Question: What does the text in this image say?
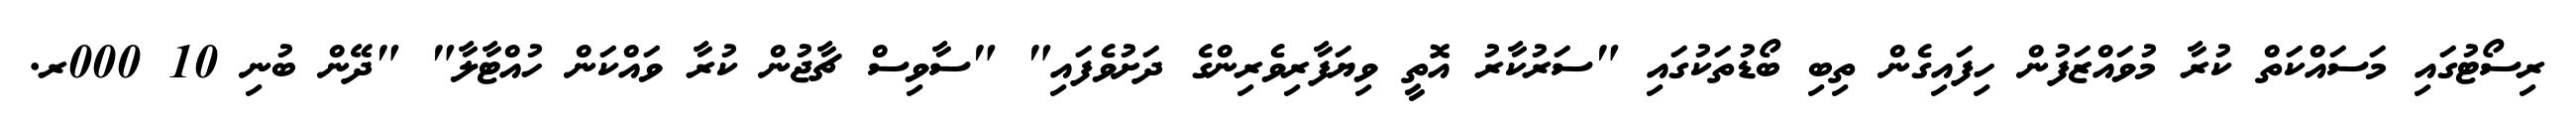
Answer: ރިސޯޓުގައި މަސައްކަތް ކުރާ މުވައްޒަފުން ހިފައިގެން ތިބި ބޯޑުތަކުގައި "ސަރުކާރު އޮތީ ވިޔަފާރިވެރިންގެ ދަށުވެފައި" "ސާވިސް ޗާޖުން ކުރާ ވައްކަން ހުއްޓާލާ" "ދޭން ބުނި 10 000ރ.